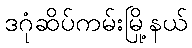
ဒဂုံဆိပ်ကမ်းမြို့နယ်